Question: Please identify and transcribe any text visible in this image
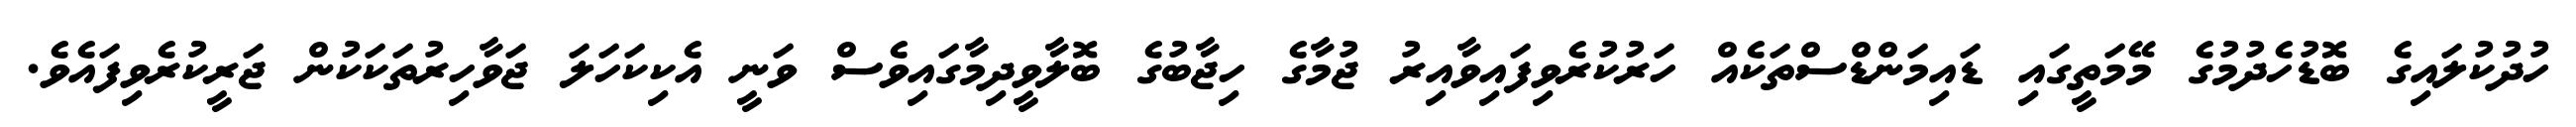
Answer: ހުދުކުލައިގެ ބޮޑުހެދުމުގެ މޭމަތީގައި ޑައިމަންޑްސްތަކެއް ހަރުކުރެވިފައިވާއިރު ޖުމާގެ ހިޖާބުގެ ބޮލާވީދިމާގައިވެސް ވަނީ އެކިކަހަލަ ޖަވާހިރުތަކަކުން ޖަރީކުރެވިފައެވެ.